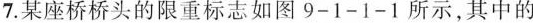
7.某座桥桥头的限重标志如图9-1-1-1所示，其中的